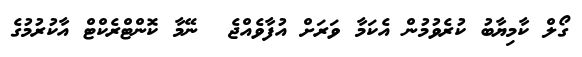
ގޯލް ކާމިޔާބު ކުރެވުމުން އެކަމާ ވަރަށް އުފާވެއްޖެ  ނޭމާ ކޮންޓްރެކްޓް އާކުރުމުގެ